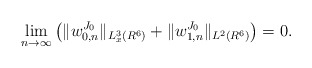
\begin{align*}\lim_{n\to\infty}\left(\|w^{J_0}_{0,n}\|_{L^3_x(R^6)}+\|w^{J_0}_{1,n}\|_{L^2(R^6)}\right)=0.\end{align*}